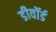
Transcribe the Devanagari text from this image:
डीवॉर्ड